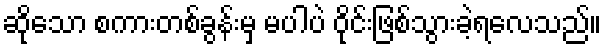
ဆိုသော စကားတစ်ခွန်းမှ မပါပဲ ဝိုင်းဖြစ်သွားခဲ့ရလေသည်။